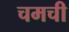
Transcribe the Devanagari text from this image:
चमची